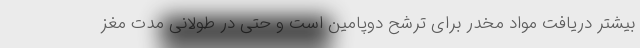
بیشتر دریافت مواد مخدر برای ترشح دوپامین است و حتی در طولانی مدت مغز